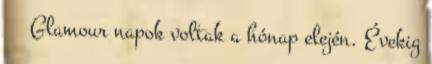
😋 ③ Glamour napok voltak a hónap elején. Évekig